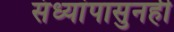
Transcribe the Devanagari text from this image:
संध्यांपासुनही